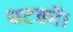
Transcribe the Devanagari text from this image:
घटकों।